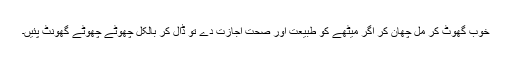
خوب گھوٹ کر مل چھان کر اگر میٹھے کو طبیعت اور صحت اجازت دے تو ڈال کر بالکل چھوٹے چھوٹے گھونٹ پئیں۔